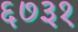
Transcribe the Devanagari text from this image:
६७३१